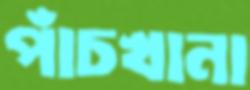
পাঁচখানা